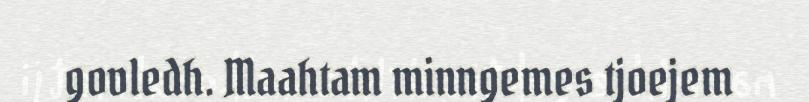
govledh. Maahtam minngemes tjoejem